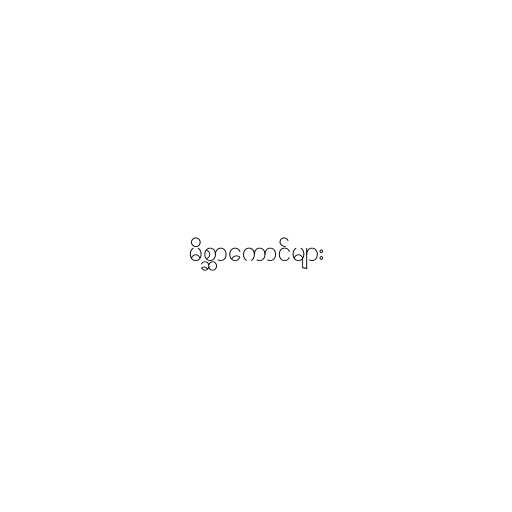
မိစ္ဆာကောင်များ